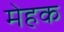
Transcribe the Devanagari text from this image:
मेहक